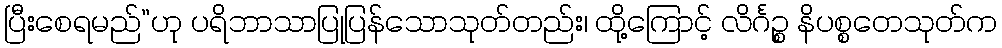
ပြီးစေရမည်”ဟု ပရိဘာသာပြုပြန်သောသုတ်တည်း၊ ထို့ကြောင့် လိင်္ဂဉ္စ နိပစ္စတေသုတ်က